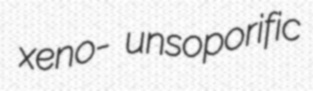
xeno- unsoporific